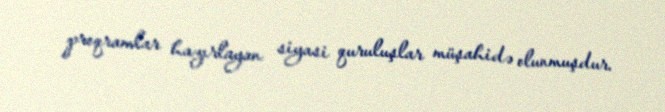
proqramlar hazırlayan siyasi quruluşlar müşahidə olunmuşdur.